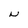
Character: N